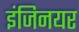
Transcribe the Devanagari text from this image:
इंजिनयर